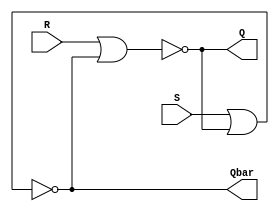
`timescale 1ns / 1ps
//////////////////////////////////////////////////////////////////////////////////
// Company: 
// Engineer: 
// 
// Design Name: 
// Module Name: SR_Latch
// Project Name: 
// Target Devices: 
// Tool Versions: 
// Description: 
// 
// Dependencies: 
// 
// Revision:
// Revision 0.01 - File Created
// Additional Comments:
// 
//////////////////////////////////////////////////////////////////////////////////


module SR_Latch( input S, R, output Q, Qbar);
nor  N1(Q, R, Qbar);
nor  N2(Qbar, S, Q);
endmodule